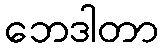
ဘေဒါတာ